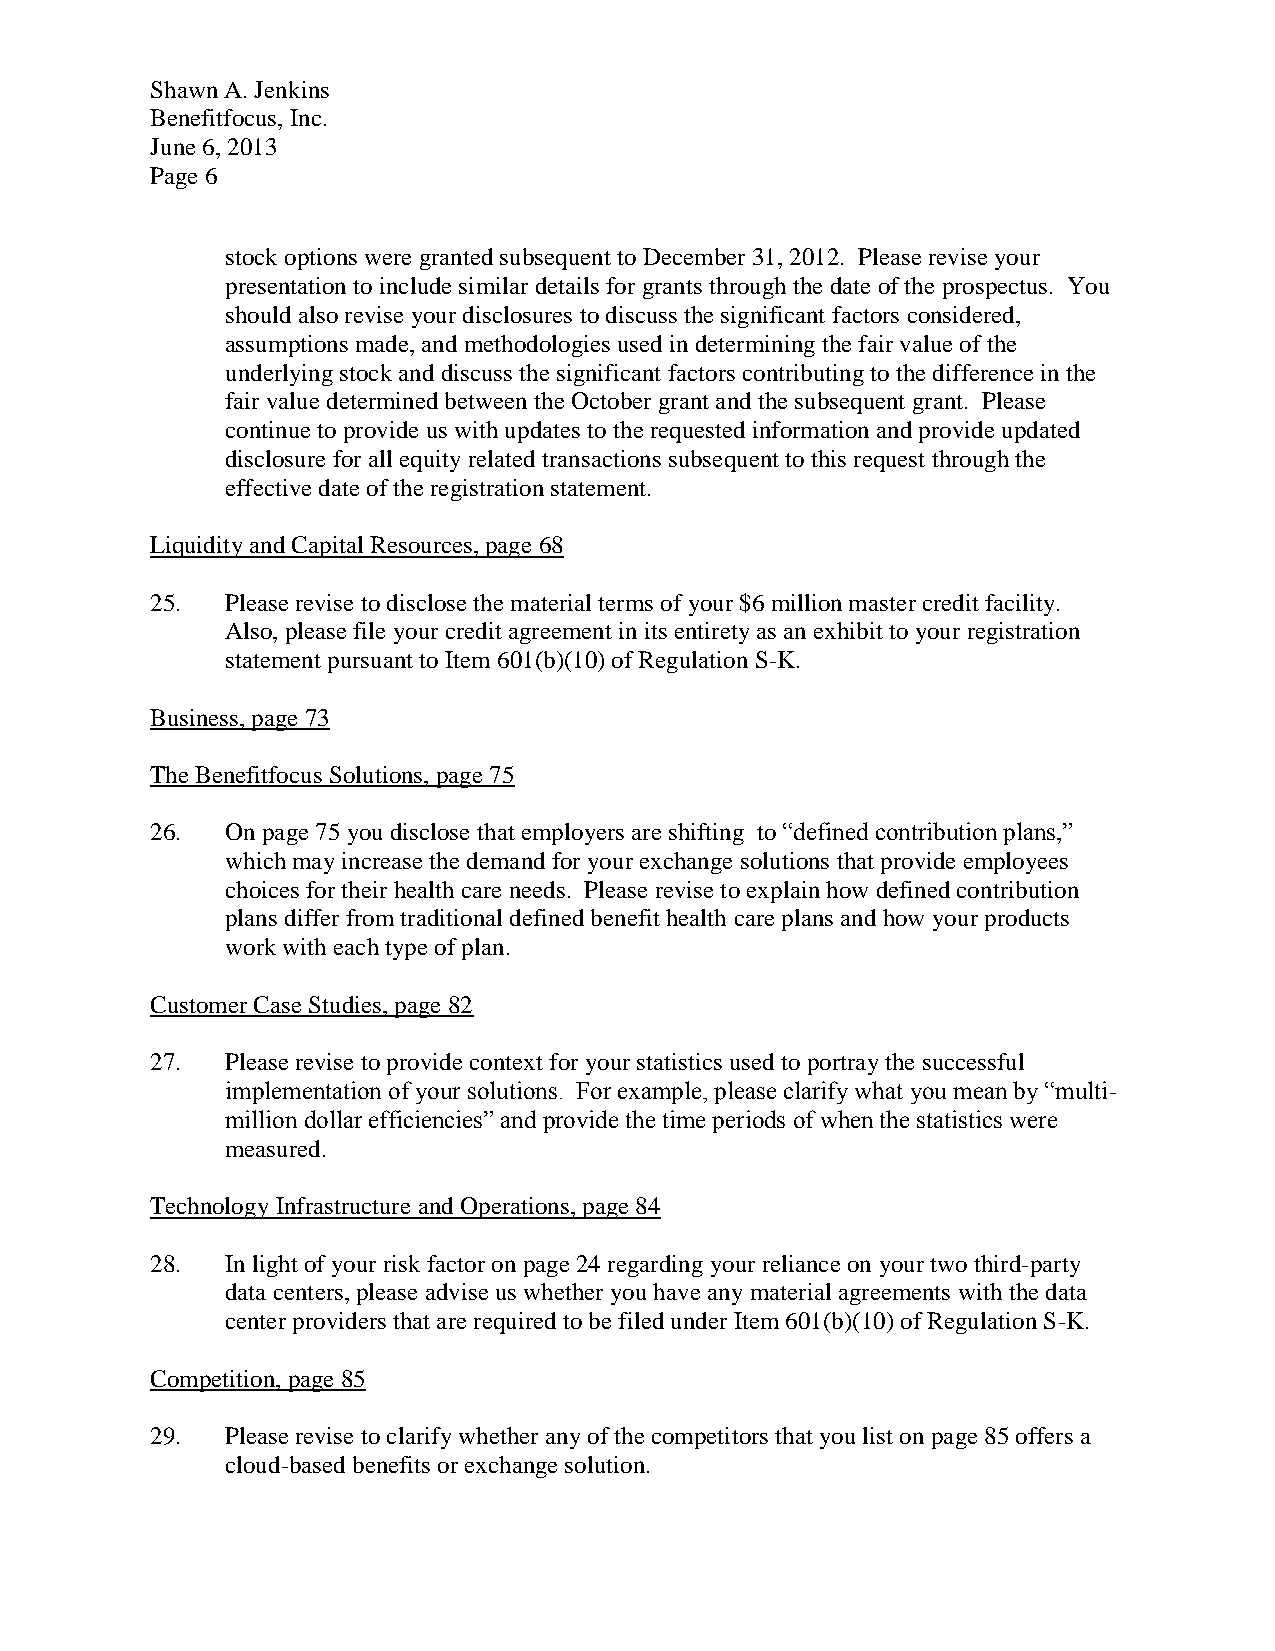
Shawn A. Jenkins
 Benefitfocus, Inc.
 June 6, 2013
 Page 6
 stock options were granted subsequent to December 31, 2012. Please revise your
 presentation to include similar details for grants through the date of the prospectus. You
 should also revise your disclosures to discuss the significant factors considered,
 assumptions made, and methodologies used in determining the fair value of the
 underlying stock and discuss the significant factors contributing to the difference in the
 fair value determined between the October grant and the subsequent grant. Please
 continue to provide us with updates to the requested information and provide updated
 disclosure for all equity related transactions subsequent to this request through the
 effective date of the registration statement.
 Liquidity and Capital Resources, page 68
 25.  Please revise to disclose the material terms of your $6 million master credit facility.
 Also, please file your credit agreement in its entirety as an exhibit to your registration
 statement pursuant to Item 601(b)(10) of Regulation S-K.
 Business, page 73
 The Benefitfocus Solutions, page 75
 26.  On page 75 you disclose that employers are shifting to “defined contribution plans,”
 which may increase the demand for your exchange solutions that provide employees
 choices for their health care needs. Please revise to explain how defined contribution
 plans differ from traditional defined benefit health care plans and how your products
 work with each type of plan.
 Customer Case Studies, page 82
 27.  Please revise to provide context for your statistics used to portray the successful
 implementation of your solutions. For example, please clarify what you mean by “multi-
 million dollar efficiencies” and provide the time periods of when the statistics were
 measured.
 Technology Infrastructure and Operations, page 84
 28.  In light of your risk factor on page 24 regarding your reliance on your two third-party
 data centers, please advise us whether you have any material agreements with the data
 center providers that are required to be filed under Item 601(b)(10) of Regulation S-K.
 Competition, page 85
 29.  Please revise to clarify whether any of the competitors that you list on page 85 offers a
 cloud-based benefits or exchange solution.